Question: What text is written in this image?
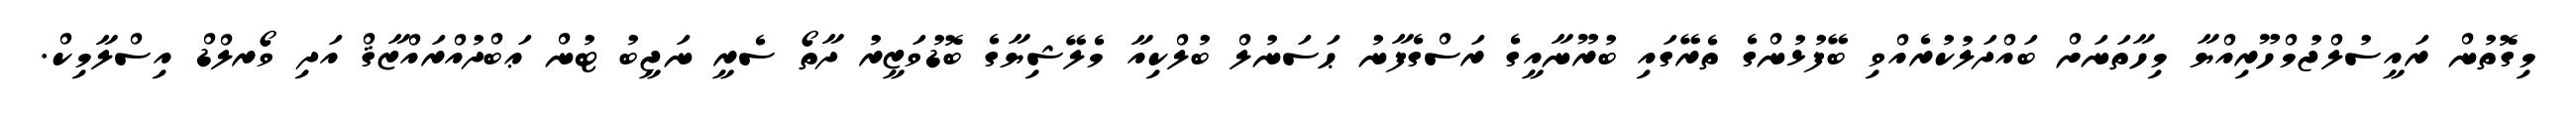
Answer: މިގޮތުން ރައީސުލްޖުމްހޫރިއްޔާ މިހާތަނަށް ބައްދަލުކުރެއްވި ބޭފުޅުންގެ ތެރޭގައި ބުރޫނާއީގެ ރަސްގެފާނު ޙަސަނުލް ބުލްކިއާ މެލޭޝިޔާގެ ބޮޑުވަޒީރު ދާތޯ ސެރީ ނަޖީބު ޓުން ޢަބްދުއްރައްޒާޤް އަދި ވޯރލްޑް އިސްލާމިކް.